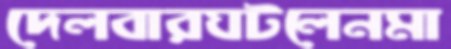
দেলবারঘটলেনমা